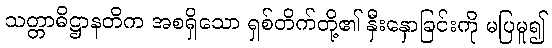
သတ္တာဓိဋ္ဌာနတိက အစရှိသော ရှစ်တိက်တို့၏ နှီးနှောခြင်းကို မပြမူ၍